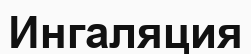
Ингаляция